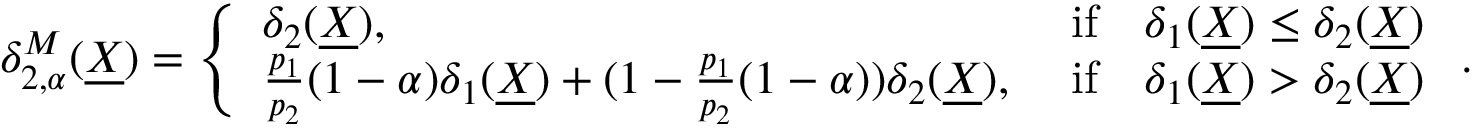
\begin{array} { r } { \delta _ { 2 , \alpha } ^ { M } ( \underline { { X } } ) = \left\{ \begin{array} { l l } { \delta _ { 2 } ( \underline { { X } } ) , } & { \mathrm { ~ i f } \quad \delta _ { 1 } ( \underline { { X } } ) \leq \delta _ { 2 } ( \underline { { X } } ) } \\ { \frac { p _ { 1 } } { p _ { 2 } } ( 1 - \alpha ) \delta _ { 1 } ( \underline { { X } } ) + ( 1 - \frac { p _ { 1 } } { p _ { 2 } } ( 1 - \alpha ) ) \delta _ { 2 } ( \underline { { X } } ) , } & { \mathrm { ~ i f } \quad \delta _ { 1 } ( \underline { { X } } ) > \delta _ { 2 } ( \underline { { X } } ) } \end{array} \right. . } \end{array}